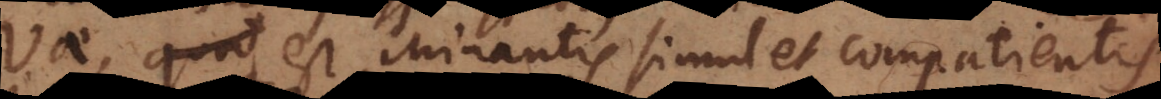
Vae, est Minantis simul et compatientis.